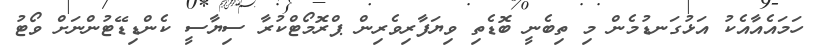
ހަމައެއާއެކު އަޅުގަނޑުމެން މި ތިބެނީ ބޮޑެތި ވިޔަފާރިވެރިން ޕްރޮމޯޓްކުރާ ސިޔާސީ ކެންޑިޑޭޓުންނަށް ވޯޓު